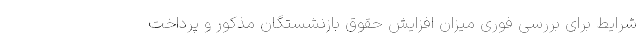
شرایط برای بررسی فوری میزان افزایش حقوق بازنشستگان مذکور و پرداخت